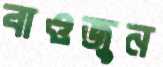
বাওজুন